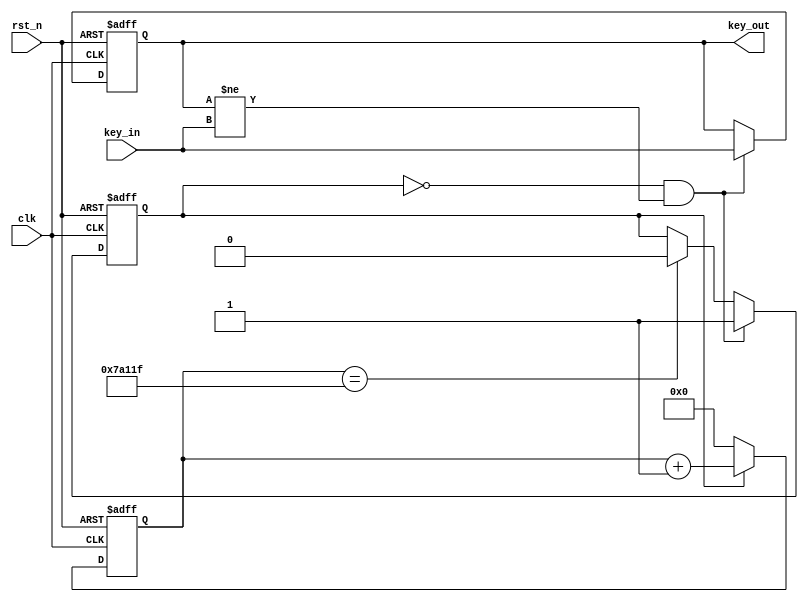
//`timescale
module key_jitter(
    input clk,
    input rst_n,
    input key_in,
    output reg key_out
    );

    //when clk is 100m,
    //localparam TIME_20MS = 20'd2_000_000;
    //when clk is 25m,
    localparam TIME_20MS = 20'd500_000;
    //when clk is 1m,
    //localparam TIME_20MS = 20'd20_000;

    reg key_cnt;
    reg [20:0] cnt;

    always @(posedge clk or negedge rst_n) begin
        if(rst_n == 0)
            key_cnt <= 0;
        else if(key_cnt == 0 && key_out != key_in)
            key_cnt <= 1;
        else if(cnt == TIME_20MS - 1)
            key_cnt <= 0;
    end

    always @(posedge clk or negedge rst_n) begin
        if(rst_n == 0)
            cnt <= 0;
        else if(key_cnt)
            cnt <= cnt + 1'b1;
        else
            cnt <= 0;
    end

    always @(posedge clk or negedge rst_n) begin
        if(rst_n == 0)
            key_out <= 0;
        else if(key_cnt == 0 && key_out != key_in)
            key_out <= key_in;
    end
endmodule